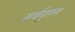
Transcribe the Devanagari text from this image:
सर्वयुगम